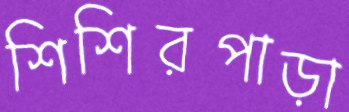
শিশিরপাড়া